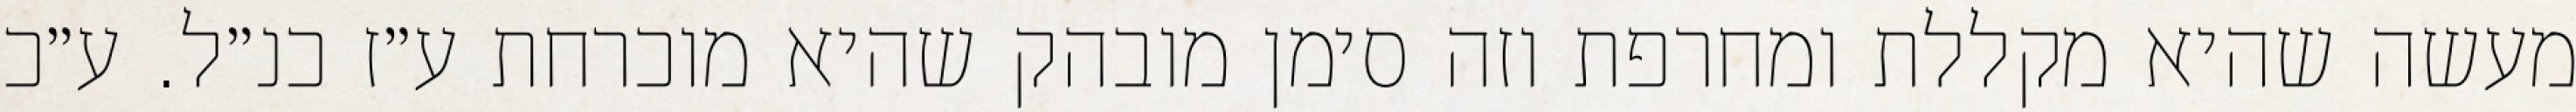
מעשה שהיא מקללת ומחרפת וזה סימן מובהק שהיא מוכרחת ע״ז כנ״ל. ע״כ